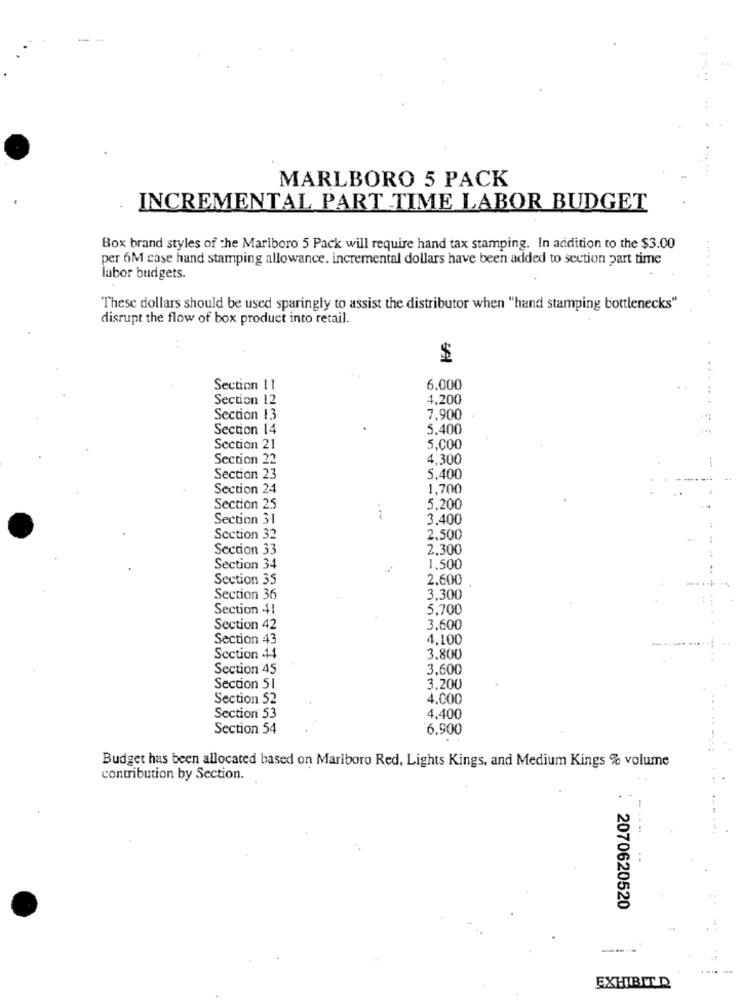
MARLBORO 5 PACK
INCREMENTAL PART TIME LABOR BUDGET
Box brand styles of the Marlboro 5 Pack will require hand tax stamping. In addition to the $3.00
per 6M case hand stamping allowance. incremental dollars have been added to section part time
labor budgets.
These dollars should be used sparingly to assist the distributor when "hand stamping bottlenecks"
disrupt the flow of box product into retail.
$
Section 11
6.000
Section 12
4,200
Section 13
7,900
Section 14
5,400
Section 21
5,000
Section 22
4,300
Section 23
5,400
Section 24
1,700
Section 25
5,200
Section 31
3,400
Section 32
2,500
Section 33
2.300
Section 34
1,500
Section 35
2.600
.... .
Section 36
3,300
Section 41
5,700
Section 42
3,600
Section 43
4,100
Section 44
3.800
Section 45
3,600
Section 51
3.200
Section 52
4.000
Section 53
4,400
Section 54
6,900
Budget has been allocated based on Marlboro Red, Lights Kings, and Medium Kings % volume
contribution by Section.
2070620520
EXHIBIT D